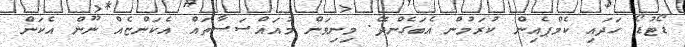
ޑޯޓުޑޯ ހަދައި ކެމްޕެއިން ކުރަމުން އެބަގެންދޭ. މިނިވަން މުއައްސަސާތައް އެކަންޏެއް ނޫން އެކަން